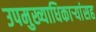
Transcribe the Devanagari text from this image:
उपमुख्याधिकाऱ्यांसह